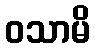
ဝသာမိ